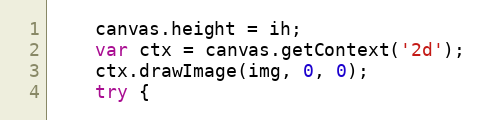
Language: JavaScript
    canvas.height = ih;
    var ctx = canvas.getContext('2d');
    ctx.drawImage(img, 0, 0);
    try {